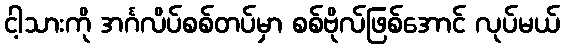
ငါ့သားကို အင်္ဂလိပ်စစ်တပ်မှာ စစ်ဗိုလ်ဖြစ်အောင် လုပ်မယ်